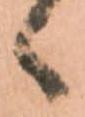
ゝ